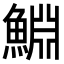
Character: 𬵞